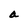
Character: a